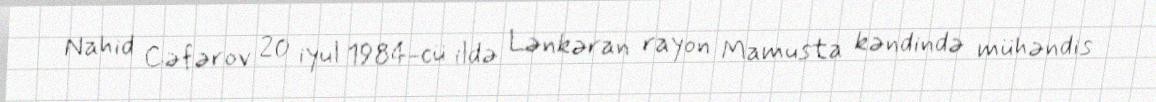
Nahid Cəfərov 20 iyul 1984-cü ildə Lənkəran rayon Mamusta kəndində mühəndis